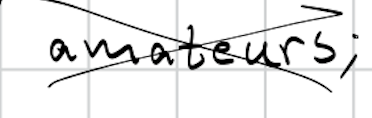
Text: amateurs;
Cross-out: cross
Writing tool: digital_black